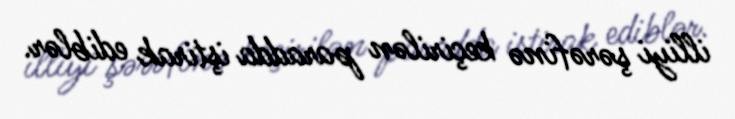
illiyi şərəfinə keçirilən paradda iştirak ediblər.